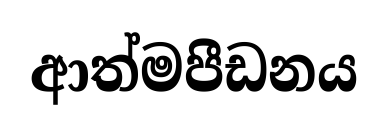
ආත්මපීඩනය